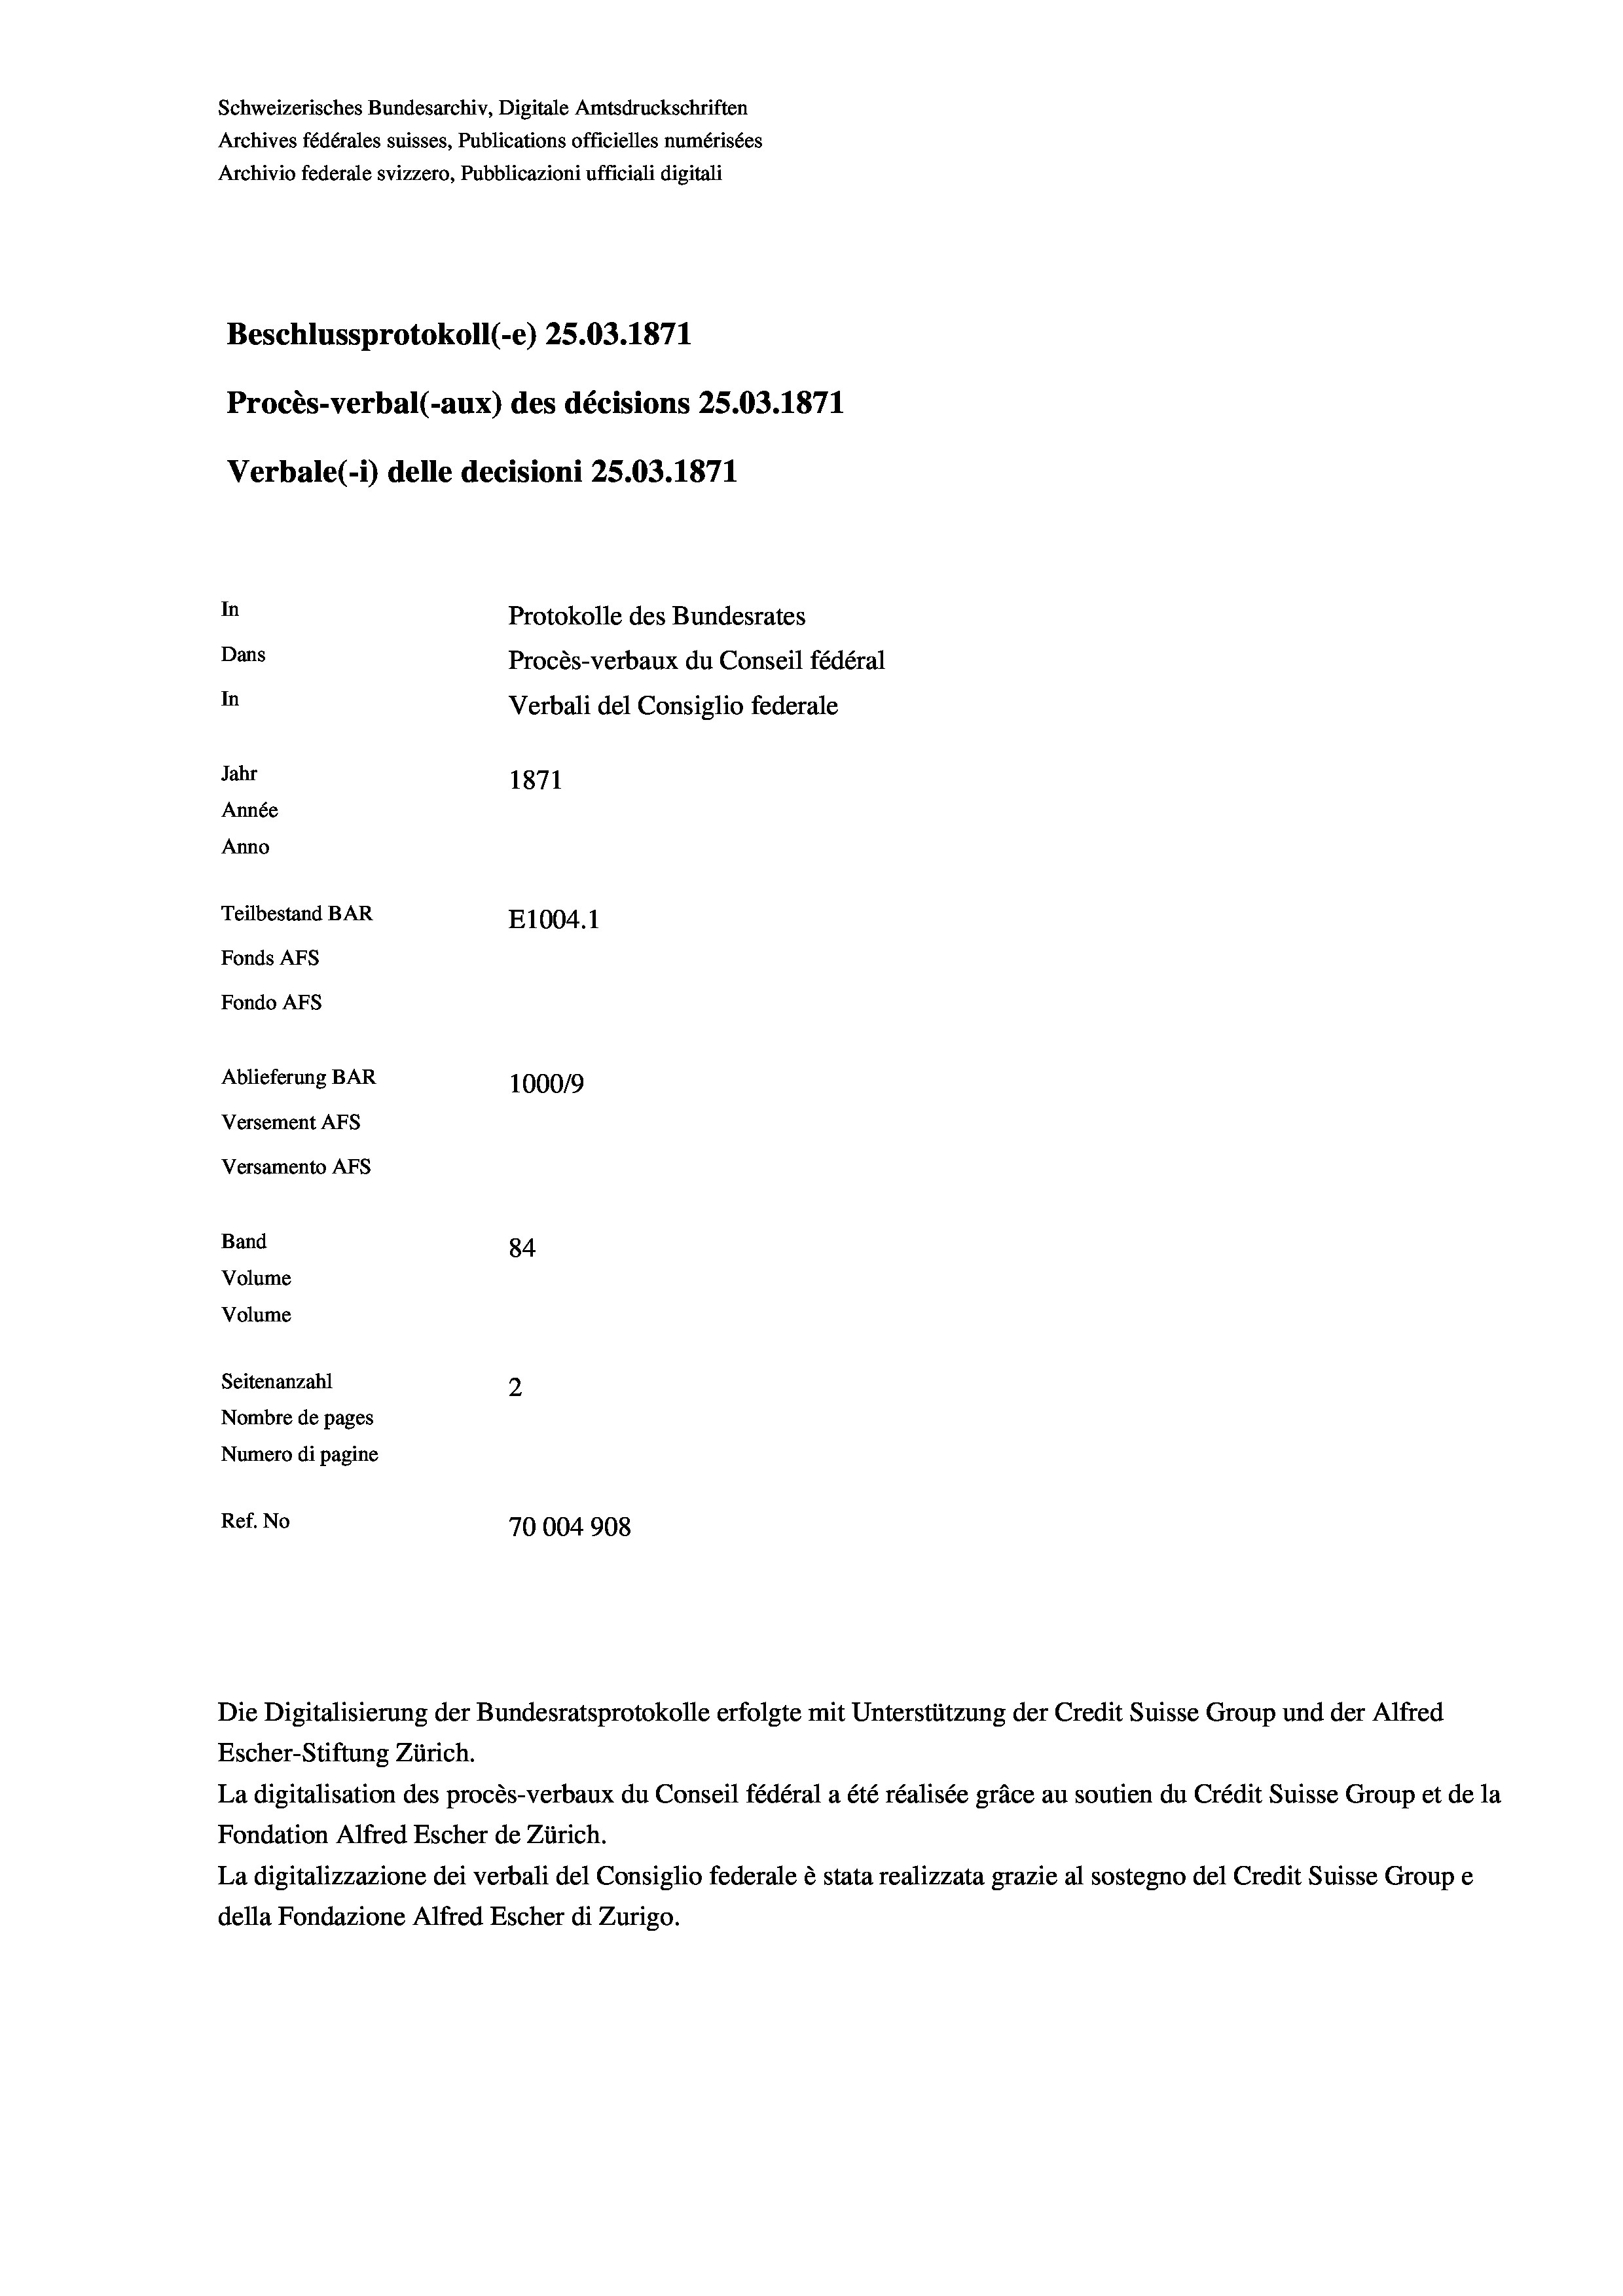
Schweizerisches Bundesarchiv, Digitale Amtsdruckschriften
Archives fédérales suisses, Publications officielles numérisées
Archivio federale svizzero, Pubblicazioni ufficiali digitali
Beschlussprotokoll (-e) 25.03. 1871
Procès-verbal (-aux) des décisions 25.03. 1871
Verbale (i) delle decisioni 25.03. 1871
In
Protokolle des Bundesrates
Dans
Procès-verbaux du Conseil fédéral
In
Verbali del Consiglio federale
Jahr
1871
Année
Anno
Teilbestand BAR
E1004.1
Fonds AFs
Fondo AFs
Ablieferung BAR
100019
Versement Abs
Versamento Afs
Band
84
Volume
Volume
Seitenanzahl
2
Nombre de pages
Numero di pagine
Ref. No
70004908

Escher-Stiftung Zürich.
La digitalisation des procès-verbaux du Conseil fédéral a été réalisée gräce au soutien du Crédit Suisse Group et de la
Fondation Alfred Escher de Zürich.
La digitalizzazione dei verbali del Consiglio federale è stata realizzata grazie al sostegno del Credit Suisse Groupe
della Fondazione Alfred Escher di Zurigo.

Die Digitalisierung der Bundesratsprotokolle erfolgte mit Unterstützung der Credit Suisse Group und der Alfred